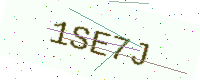
Text: 1SE7J